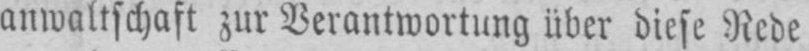
anwaltschaft zur Verantwortung über diese Rede